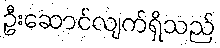
ဦးဆောင်လျက်ရှိသည်